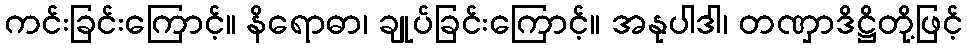
ကင်းခြင်းကြောင့်။ နိရောဓာ၊ ချုပ်ခြင်းကြောင့်။ အနုပါဒါ၊ တဏှာဒိဋ္ဌိတို့ဖြင့်